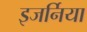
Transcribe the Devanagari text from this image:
इजर्निया